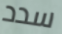
سدد